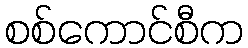
စစ်ကောင်စီက